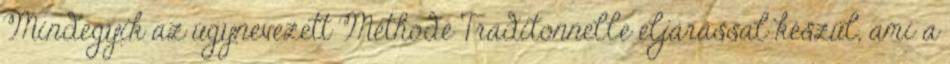
Mindegyik az úgynevezett Méthode Traditonnelle eljárással készül, ami a